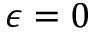
\epsilon = 0